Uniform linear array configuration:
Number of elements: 24
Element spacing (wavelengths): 0.5
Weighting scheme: cosine
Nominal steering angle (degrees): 45
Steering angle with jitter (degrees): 44.534
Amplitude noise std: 0.05
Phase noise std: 0.05

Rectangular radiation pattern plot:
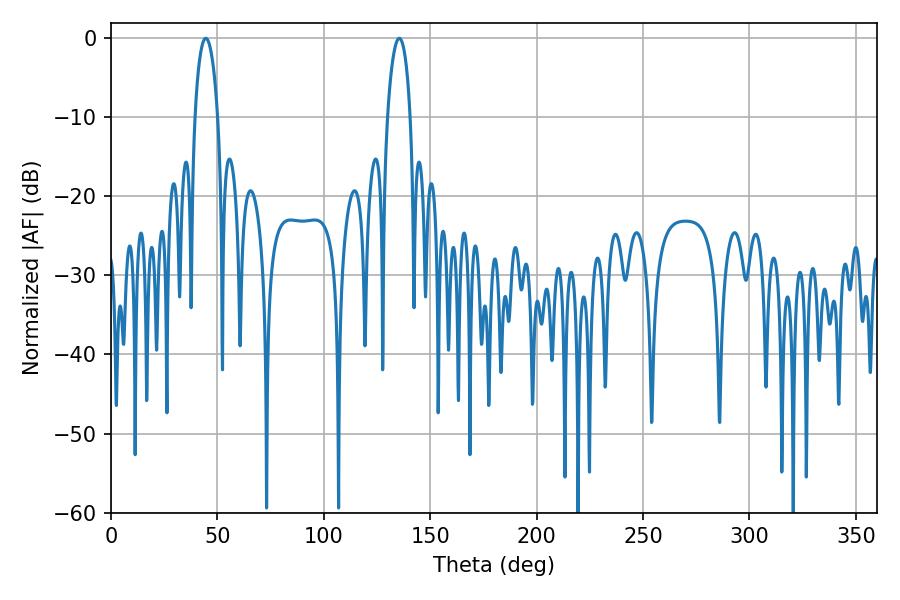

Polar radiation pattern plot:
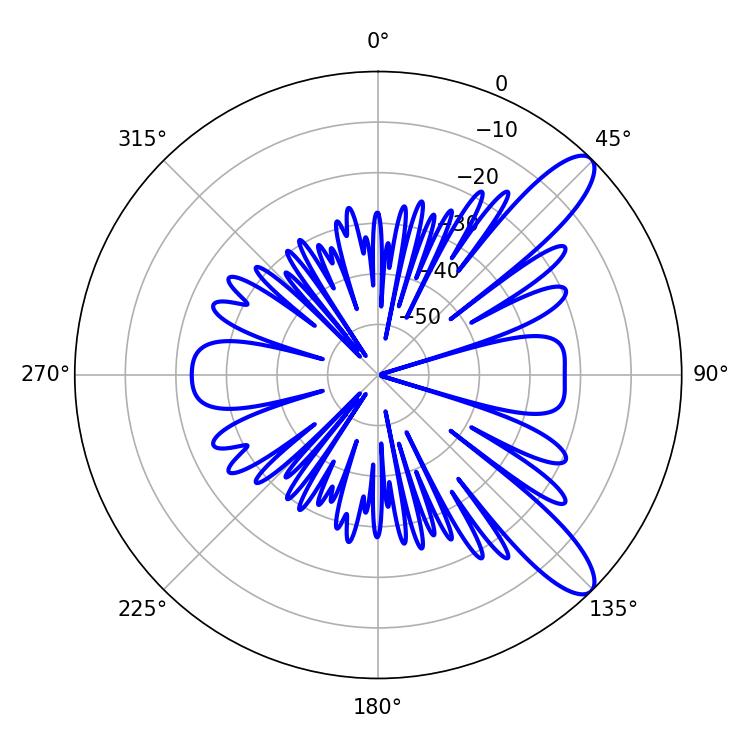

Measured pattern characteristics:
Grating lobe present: FALSE
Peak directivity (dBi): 10.836
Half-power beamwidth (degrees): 6.12
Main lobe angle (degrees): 44.46